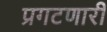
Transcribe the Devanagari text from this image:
प्रगटणारी